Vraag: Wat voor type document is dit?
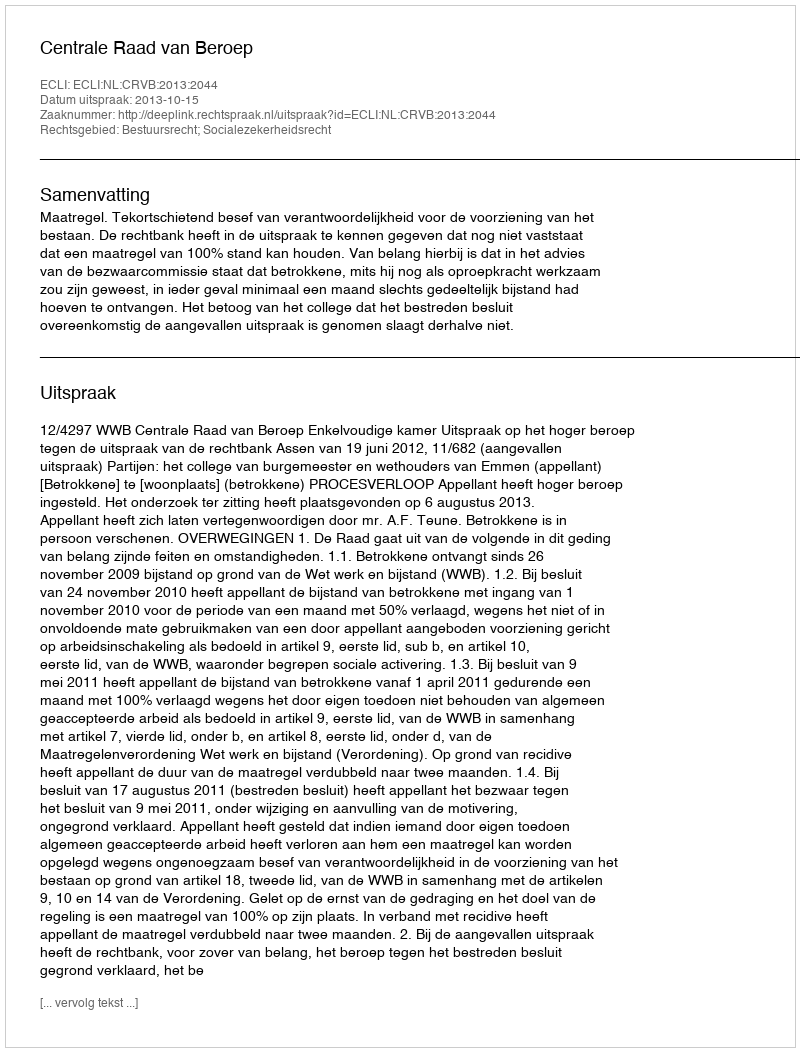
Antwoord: Uitspraak